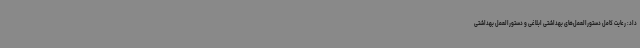
داد: رعایت کامل دستورالعمل‌های بهداشتی ابلاغی و دستورالعمل بهداشتی